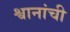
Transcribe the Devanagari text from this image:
श्वानांची